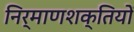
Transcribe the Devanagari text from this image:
निर्माणशक्तियों